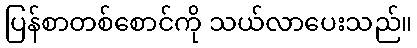
ပြန်စာတစ်စောင်ကို သယ်လာပေးသည်။